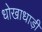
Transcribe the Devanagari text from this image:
धोखाधाड़ी